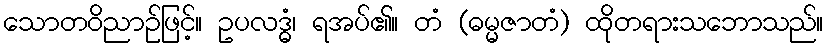
သောတဝိညာဉ်ဖြင့်။ ဥပလဒ္ဓံ၊ ရအပ်၏။ တံ (ဓမ္မဇာတံ) ထိုတရားသဘောသည်။